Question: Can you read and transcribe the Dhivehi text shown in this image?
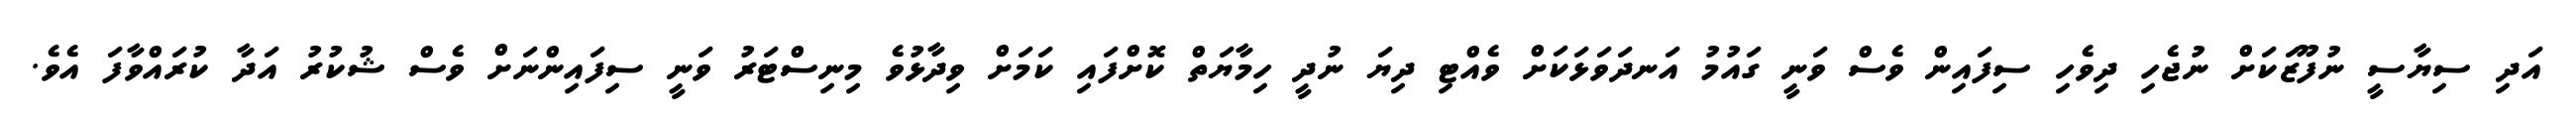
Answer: އަދި ސިޔާސީ ނުފޫޒަކަށް ނުޖެހި ދިވެހި ސިފައިން ވެސް ވަނީ ގައުމު އަނދަވަޅަކަށް ވެއްޓި ދިޔަ ނުދީ ހިމާޔަތް ކޮށްފައި ކަމަށް ވިދާޅުވެ މިނިސްޓަރު ވަނީ ސިފައިންނަށް ވެސް ޝުކުރު އަދާ ކުރައްވާފަ އެވެ.